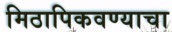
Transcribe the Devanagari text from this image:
मिठापिकवण्याचा